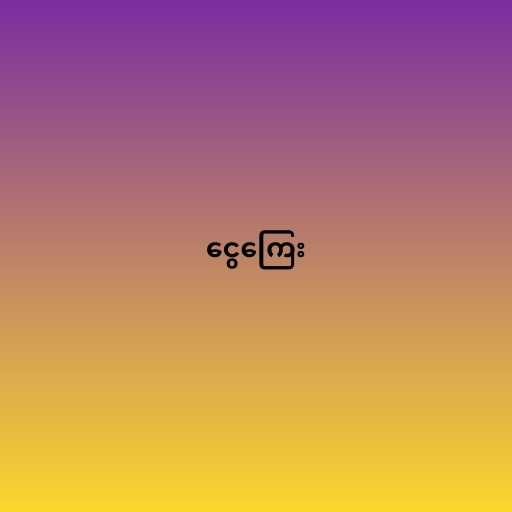
ငွေကြေး